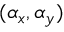
( \alpha _ { x } , \alpha _ { y } )